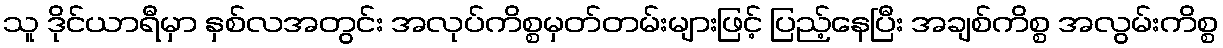
သူ ဒိုင်ယာရီမှာ နှစ်လအတွင်း အလုပ်ကိစ္စမှတ်တမ်းများဖြင့် ပြည့်နေပြီး အချစ်ကိစ္စ အလွမ်းကိစ္စ